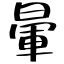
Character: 暈